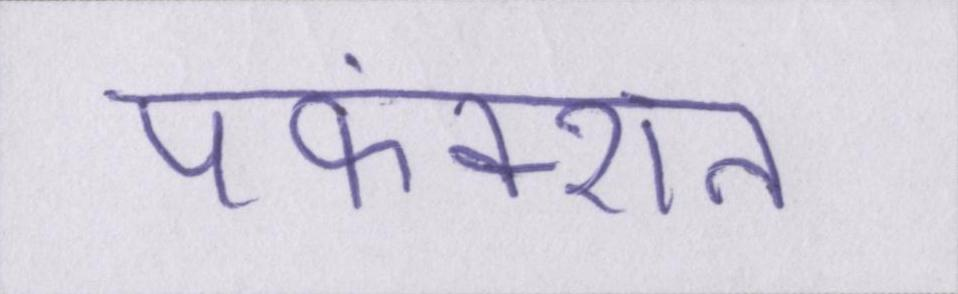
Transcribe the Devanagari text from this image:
पफंक्शन